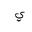
Letter: _ya